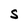
Character: S